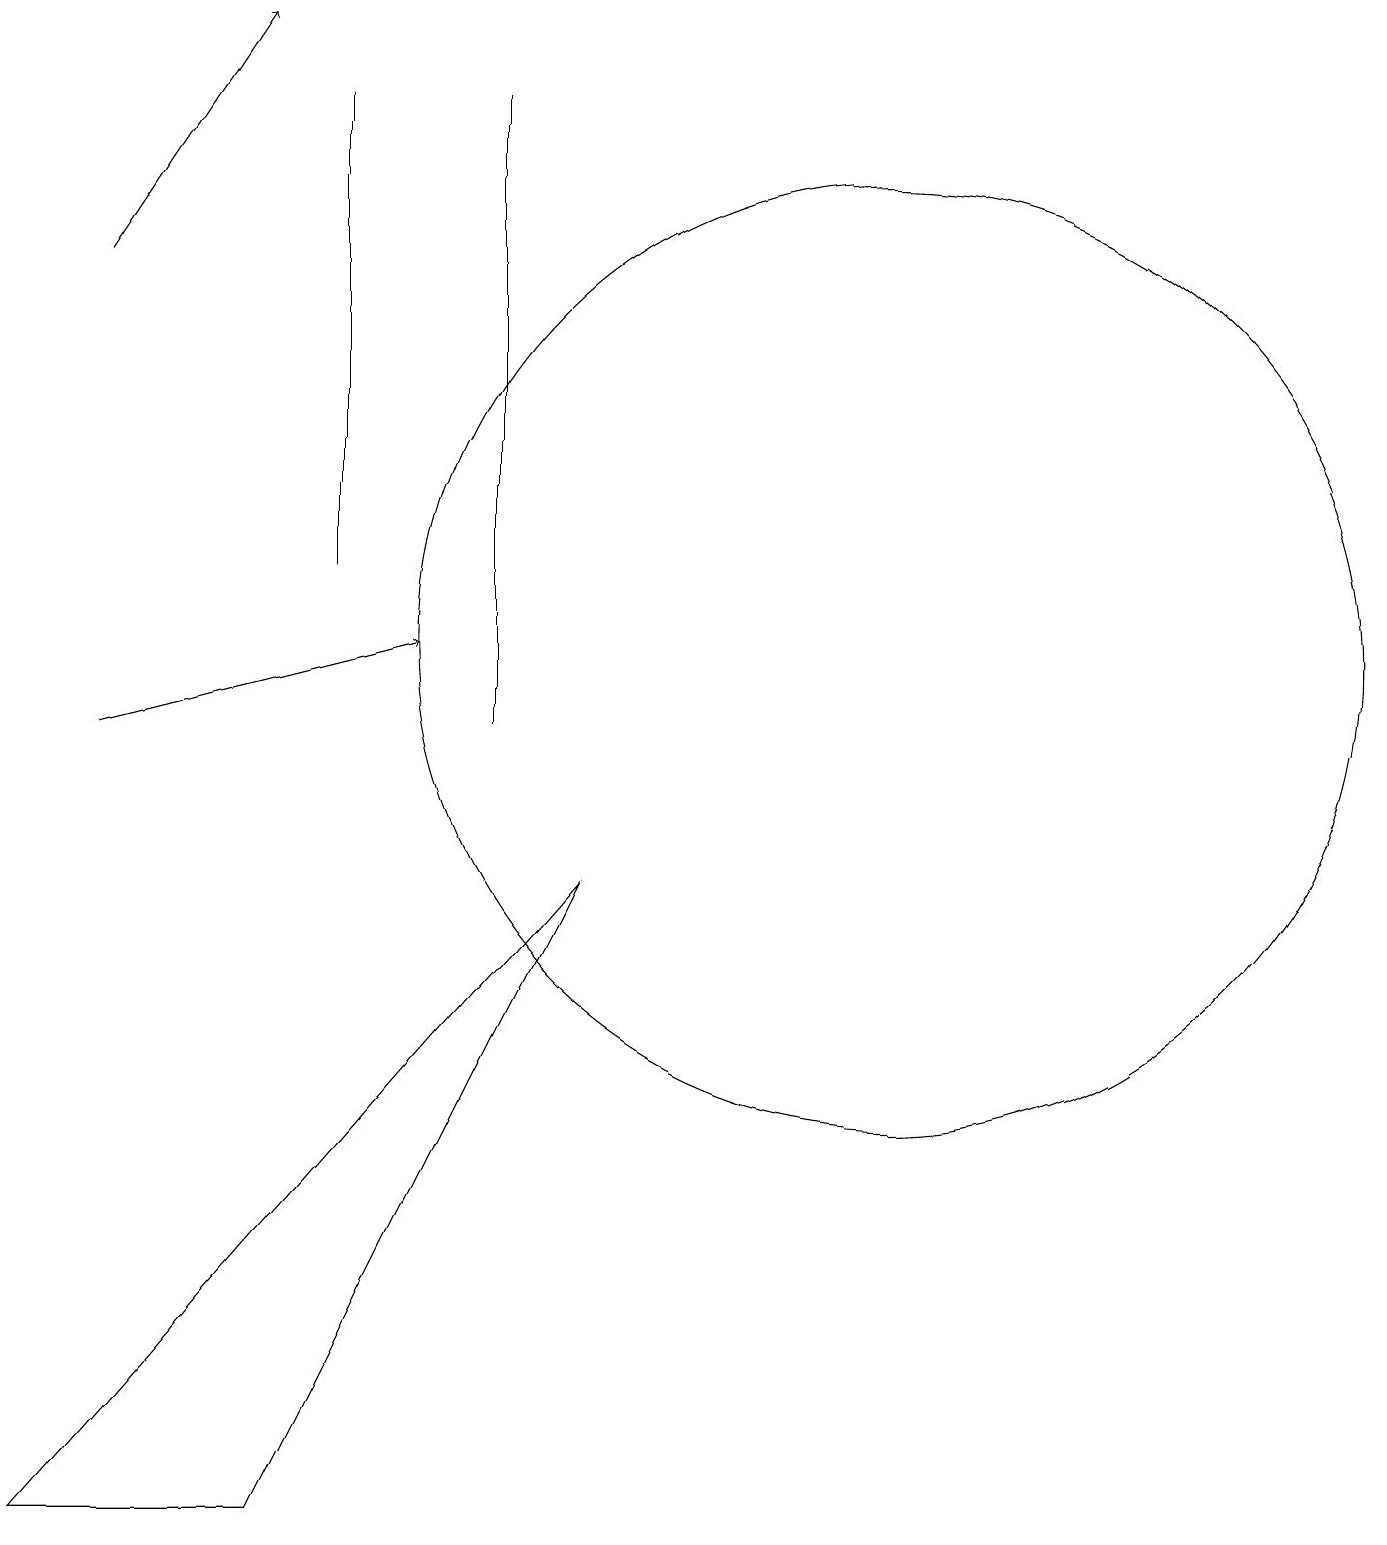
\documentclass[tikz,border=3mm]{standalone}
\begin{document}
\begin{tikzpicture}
\draw (6,18) rectangle (6,10);
\draw (7,8) -- (0,0) -- (3,0) -- cycle;
\draw[->] (1,16) -- (3,19);
\draw (11,11) circle (6);
\draw (4,18) rectangle (4,12);
\draw[->] (1,10) -- (5,11);
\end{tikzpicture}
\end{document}